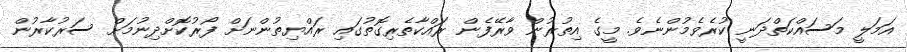
އަމަލީ މަސައްކަތްދަނީ ކުރެވެމުންނެވެ. މީގެ އިތުރުން ވާރޭފެން ރައްކާތެރިގޮތުގައި ރައްޔިތުންނަށް ފޯރުކޮށްދިނުމަށް ސަރުކާރުން